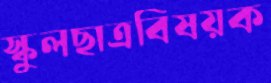
স্কুলছাত্রবিষয়ক